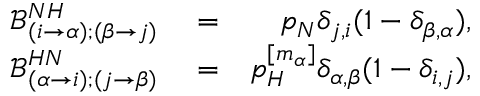
\begin{array} { r l r } { \mathcal { B } _ { ( i \to \alpha ) ; ( \beta \to j ) } ^ { N H } } & { { } = } & { p _ { N } \delta _ { j , i } ( 1 - \delta _ { \beta , \alpha } ) , } \\ { \mathcal { B } _ { ( \alpha \to i ) ; ( j \to \beta ) } ^ { H N } } & { { } = } & { p _ { H } ^ { [ m _ { \alpha } ] } \delta _ { \alpha , \beta } ( 1 - \delta _ { i , j } ) , } \end{array}